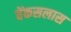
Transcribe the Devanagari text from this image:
वेंकसलास